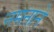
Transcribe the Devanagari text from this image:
नमनाने